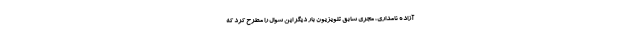
آزاده نامداری، مجری سابق تلویزیون بار دیگر این سوال را مطرح کرد که